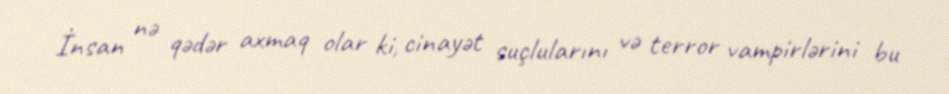
İnsan nə qədər axmaq olar ki, cinayət suçlularını və terror vampirlərini bu